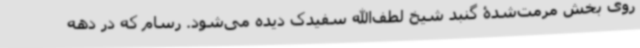
روی بخش مرمت‌شدۀ گنبد شیخ لطف‌الله سفیدک دیده می‌شود. رسام که در دهه